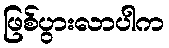
ဖြစ်ပွားလာပါက